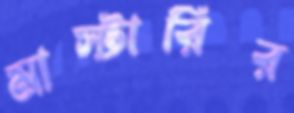
মাস্টারির